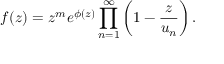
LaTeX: f ( z ) = z ^ { m } e ^ { \phi ( z ) } \prod _ { n = 1 } ^ { \infty } \left( 1 - { \frac { z } { u _ { n } } } \right) .